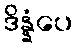
ဒိန္နံပေ